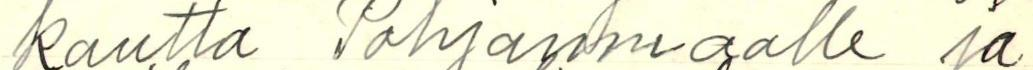
kautta Pohjanmaalle ja